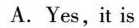
A.Yes,it is